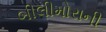
બીલીમોરાની